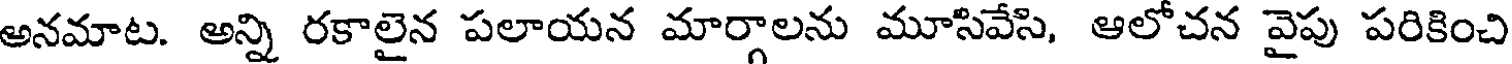
అనమాట. అన్ని రకాలైన పలాయన మార్గాలను మూసివేసి, ఆలోచన వైపు పరికించి